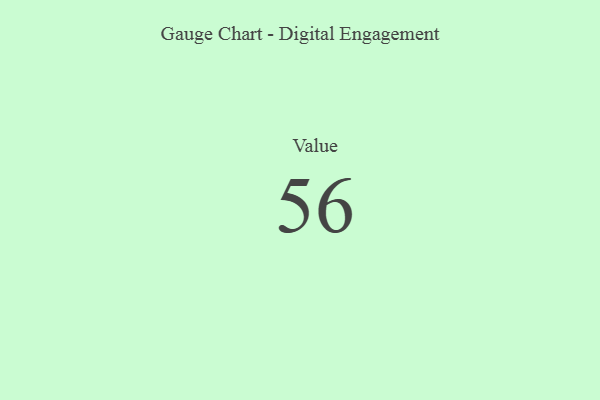
{"axis": {"x": "Metric", "y": "Value"}, "legend": [""], "data": [{"x": "Value", "y": 56, "type": ""}]}